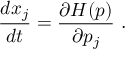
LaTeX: \frac { d x _ { j } } { d t } = \frac { \partial H ( p ) } { \partial p _ { j } } ~ .